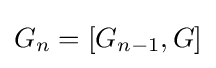
G_{n}=[G_{n-1},G]